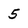
Character: 5